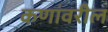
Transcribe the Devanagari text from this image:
कणांवरील